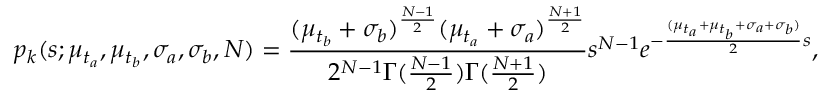
p _ { k } ( s ; \mu _ { t _ { a } } , \mu _ { t _ { b } } , \sigma _ { a } , \sigma _ { b } , N ) = \frac { ( \mu _ { t _ { b } } + \sigma _ { b } ) ^ { \frac { N - 1 } { 2 } } ( \mu _ { t _ { a } } + \sigma _ { a } ) ^ { \frac { N + 1 } { 2 } } } { 2 ^ { N - 1 } \Gamma ( \frac { N - 1 } { 2 } ) \Gamma ( \frac { N + 1 } { 2 } ) } s ^ { N - 1 } e ^ { - \frac { ( \mu _ { t _ { a } } + \mu _ { t _ { b } } + \sigma _ { a } + \sigma _ { b } ) } { 2 } s } ,